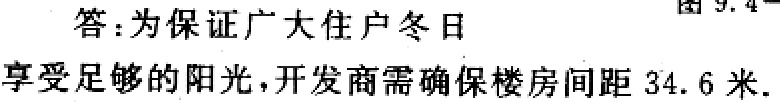
答：为保证广大住户冬日享受足够的阳光，开发商需确保楼房间距 34.6 米.